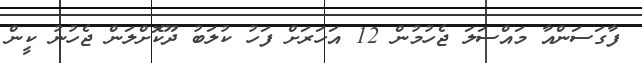
ފާގަސަންއާ މައްސަލަ ޖެހުމުން 12 އަހަރަށް ފަހު ކުލަބު ދޫކޮށްލަން ޖެހުނު ކީން